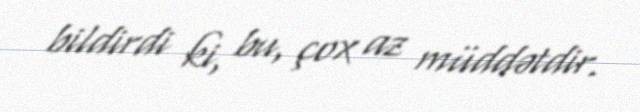
bildirdi ki, bu, çox az müddətdir.